Annual report of lunatic asylums [Bombay] - 1912-1922
Year: 1912
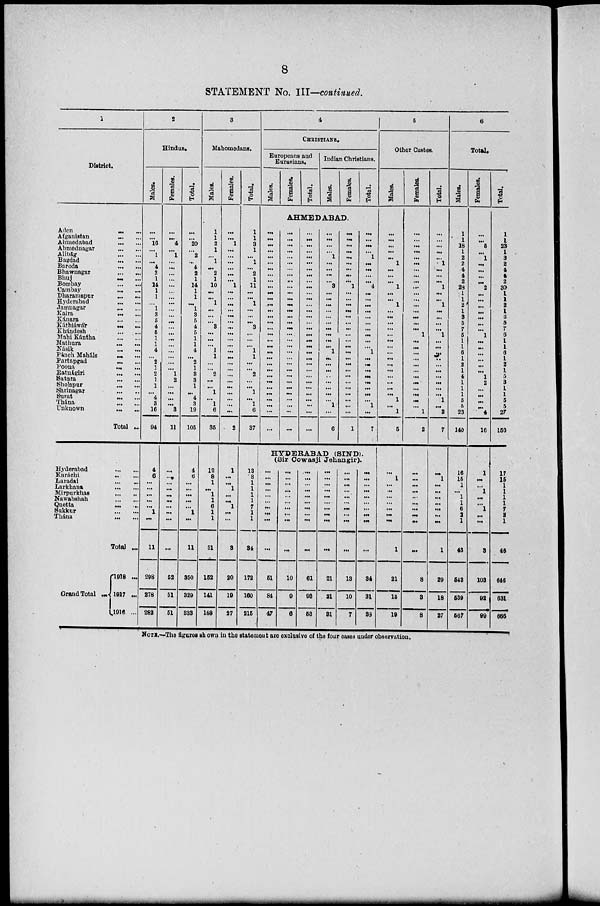
8
STATEMENT No. III—continued.
1
District.
Aden
...
...
Afganistan ... ...
Ahmedabad
...
...
Ahmednagar ... ...
Alibág
...
...
Bagdad
...
...
Baroda ... ...
Bhawnagar ... ...
Bhuj
...
...
Bombay
...
...
Cambay ... ...
Dharamapur
...
...
Hyderabad ... ...
Jamnagar ... ...
Kaira ... ...
Kánara
...
...
Káthiáwár ... ...
Khándesh
...
...
Mahi Kántha
...
...
Mathura ... ...
Násik ... ...
Pánch Maháls ... ...
Partapgad ... ...
Poona
...
...
Ratnágiri ... ...
Satara
...
...
Sholapur
...
...
Shrinagar
...
...
Surat
...
...
Thána
...
...
Unknown
...
...
Total ...
Hyderabad
...
...
Karáchi ... ...
Laradai
...
...
Larkhana
...
...
Mirpurkhas
...
...
Nawabshah
...
...
Quetta ... ...
Sukkur
...
...
Thána
...
...
Total ...
Grand Total ....
1918 ...
1917 ...
1916 ...
2
Hindus.
Males.
...
...
16
...
1
...
4
2
1
14
1
1
...
1
3
5
4
5
1
1
4
...
2
1
2
1
1
...
4
3
16
94
4
6
...
...
...
...
...
1
...
11
298
278
282
Females.
...
...
4
...
1
...
...
...
...
...
. ..
...
...
...
...
...
...
...
...
...
...
...
...
...
1
2
...
...
...
...
3
11
...
...
...
...
...
...
...
...
...
...
52
51
51
Total.
...
...
20
...
2
...
4
2
1
14
1
1
...
1
3
5
4
5
1
1
4
...
2
1
3
3
1
...
4
3
19
105
4
6
...
...
...
...
...
1
...
11
350
329
333
3
Mahomedans.
Males.
1
1
2
1
...
1
...
2
1
10
...
...
1
...
...
...
3
...
...
...
1
1
...
...
2
...
...
1
...
1
6
35
12
8
1
...
1
1
6
1
1
31
152
141
188
Females.
...
...
1
...
...
...
...
...
...
1
...
...
...
...
...
...
...
...
...
...
...
...
...
...
...
...
...
...
...
...
...
2
1
...
...
1
...
...
1
...
...
3
20
19
27
Total.
1
1
3
1
...
1
...
2
1
11
...
...
1
...
...
...
3
...
...
...
1
1
...
...
2
...
...
1
...
1
6
37
13
8
1
1
1
1
7
1
1
34
172
160
215
4
CHRISTIANS.
Europeans and
Eurasians.
Males.
Females.
Total.
Indian Christians.
Males.
Females.
Total.
AHMEDABAD.
...
...
...
...
...
...
...
...
...
...
...
...
...
...
...
...
...
...
...
...
...
...
...
...
...
...
...
...
...
...
...
...
...
...
...
...
...
...
...
...
...
...
...
...
...
...
...
...
...
...
...
...
...
...
...
...
...
...
...
...
...
...
...
...
...
...
...
...
...
...
...
...
...
...
...
...
...
...
...
...
...
...
...
...
...
...
...
...
...
...
...
...
...
...
...
...
...
...
...
...
1
...
...
...
...
3
...
...
...
...
...
...
...
...
...
...
1
...
...
...
...
...
...
...
...
1
...
6
...
...
...
...
...
...
...
...
...
1
...
...
...
...
...
...
...
...
...
...
...
...
...
...
...
...
...
...
...
...
...
1
...
...
...
...
1
...
...
...
...
4
...
...
...
...
...
...
...
...
...
...
1
...
...
...
...
...
...
...
...
1
...
7
HYDERABAD (SIND).
(Sir Cowasji Jehangir).
...
...
...
...
...
...
...
...
...
...
51
84
47
...
...
...
...
...
...
...
...
...
...
10
9
6
...
...
...
...
...
...
...
...
...
...
61
93
53
...
...
...
...
...
...
...
...
...
...
21
21
31
...
...
...
...
...
...
...
...
...
...
13
10
7
...
...
...
...
...
...
...
...
...
...
34
31
38
5
Other Castes.
Males.
...
...
...
...
...
1
...
...
...
1
...
...
1
...
...
...
...
...
...
...
...
...
...
...
...
...
...
...
1
...
1
5
...
1
...
...
...
...
...
...
...
1
21
15
19
Females.
...
...
...
...
...
...
...
...
...
...
...
...
...
...
...
...
...
1
...
...
...
...
...
...
...
...
...
...
...
...
1
2
...
...
...
...
...
...
...
...
...
...
8
3
8
Total.
...
...
...
...
...
1
...
...
...
1
...
...
1
...
...
...
...
1
...
...
...
...
...
...
...
...
...
...
1
...
2
7
...
1
...
...
...
...
...
...
1
29
18
27
6
Total.
Males.
1
1
18
1
2
2
4
4
2
28
1
1
2
1
3
5
7
5
1
1
6
1
2
1
4
1
1
1
5
5
23
140
16
15
1
...
1
1
6
2
1
43
543
539
567
Females.
...
...
5
...
1
...
...
...
...
2
...
...
...
...
...
...
...
1
...
...
...
...
...
...
1
2
...
...
...
...
4
16
1
...
...
1
...
...
1
...
...
3
103
92
99
Total.
1
1
23
1
3
2
4
4
2
30
1
1
2
1
3
5
7
6
1
1
6
1
2
1
5
3
1
1
5
5
27
156
17
15
1
1
1
1
7
2
1
46
646
631
666
NOTE.—The figures shown in the statement are exclusive of the four cases under observation.